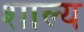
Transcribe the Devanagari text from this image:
शाल्य